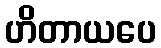
ဟိတာယပေ